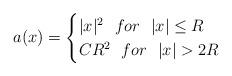
LaTeX: \begin{align*}a(x)= \begin{cases} |x|^2\ \ for\ \ |x|\leq R\\ CR^2\ \ for\ \ |x|>2R \end{cases}\end{align*}